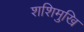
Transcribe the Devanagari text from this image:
शशिमुखि